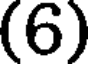
(6)